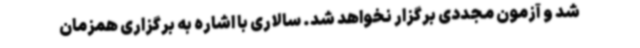
شد و آزمون مجددی برگزار نخواهد شد. سالاری با اشاره به برگزاری همزمان